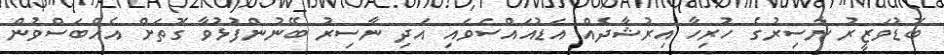
ބޮޑުވަޒީރު ނާސިރުގެ ހުރިހާ އިރުޝާދެއް އަޑުއައްސަވައި އަދި ނާސިރު ބޭނުންފުޅުވާ ގޮތަށް އެއްބަސްވުން